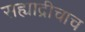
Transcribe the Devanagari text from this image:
सह्याद्रीचाच